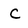
Character: C